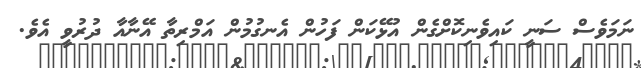
ނަމަވެސް ސަނީ ކައިވެނިކޮށްގެން އުޅޭކަން ފަހުން އެނގުމުން އަމްރިތާ އޭނާއާ ދުރުވީ އެވެ.